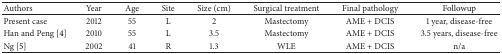
| Authors | Year | Age | Site | Size (cm) | Surgical treatment | Final pathology | Followup |
 | --- | --- | --- | --- | --- | --- | --- | --- |
 | Present case | 2012 | 55 | L | 2 | Mastectomy | AME + DCIS | 1 year, disease-free |
 | Han and Peng [4] | 2010 | 55 | L | 3.5 | Mastectomy | AME + DCIS | 3.5 years, disease-free |
 | Ng [5] | 2002 | 41 | R | 1.3 | WLE | AME + DCIS | n/a |